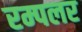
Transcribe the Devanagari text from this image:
रम्पलर